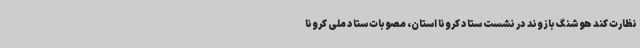
نظارت کند هوشنگ بازوند در نشست ستاد کرونا استان، مصوبات ستاد ملی کرونا